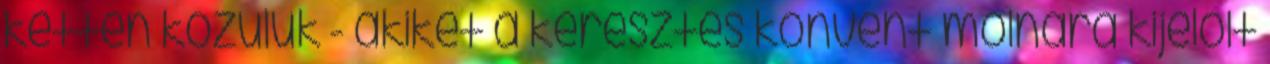
ketten közülük - akiket a keresztes konvent molnára kijelölt